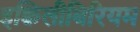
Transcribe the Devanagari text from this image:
इक्विलीबिरियम